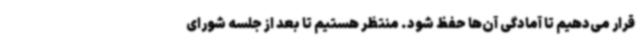
قرار می‌دهیم تا آمادگی آن‌ها حفظ شود. منتظر هستیم تا بعد از جلسه شورای